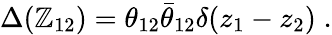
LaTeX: \Delta(\mathbb{Z}_{12})=\theta_{12}{\bar{{\theta}}}_{12}\delta(z_{1}-z_{2})\; .